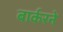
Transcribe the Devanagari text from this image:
बार्करने